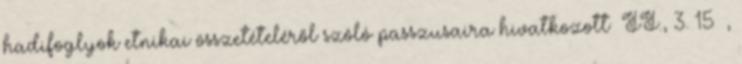
hadifoglyok etnikai összetételéről szóló passzusaira hivatkozott II., 3. 15 ,